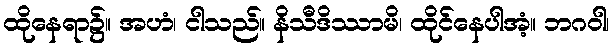
ထိုနေရာ၌။ အဟံ၊ ငါသည်။ နိသီဒိဿာမိ၊ ထိုင်နေပါအံ့။ ဘဂဝါ၊